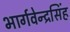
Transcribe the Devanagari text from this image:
भार्गवेन्द्रसिंह